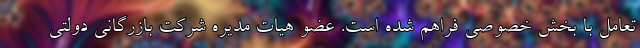
تعامل با بخش خصوصی فراهم شده است. عضو هیات مدیره شرکت بازرگانی دولتی